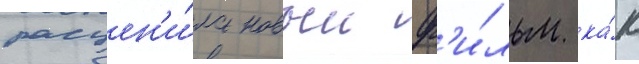
расцен'и́ла новыи ф'и́льм ка́к